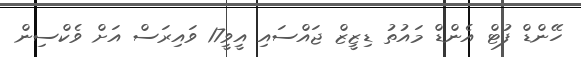
ހޭންޑް ފުޓް އެންޑް މައުތު ޑިޒީޒް ޖައްސައި އީވީ17 ވައިރަސް އަށް ވެކްސިން